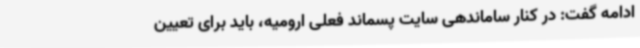
ادامه گفت: در کنار ساماندهی سایت پسماند فعلی ارومیه، باید برای تعیین